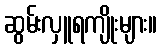
ဆွမ်းလှူရကျိုးများ။